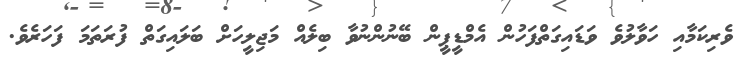
ވެރިކަމާއި ހަވާލުވެ ވަޑައިގަތްފަހުން އެމްޑީޕީން ބޭނުންނުވާ ބިލެއް މަޖިލީހަށް ބަލައިގަތް ފުރަތަމަ ފަހަރެވެ.